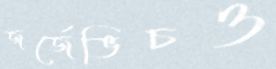
জর্জেভিচও